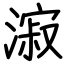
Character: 漃